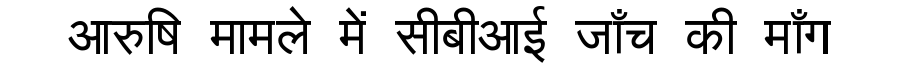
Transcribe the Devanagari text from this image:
आरुषि मामले में सीबीआई जाँच की माँग